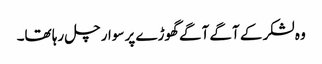
وہ لشکر کے آگے آگے گھوڑے پر سوار چل رہا تھا۔